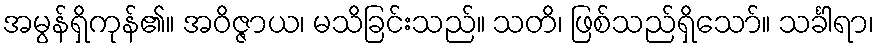
အမွန်ရှိကုန်၏။ အဝိဇ္ဇာယ၊ မသိခြင်းသည်။ သတိ၊ ဖြစ်သည်ရှိသော်။ သင်္ခါရာ၊